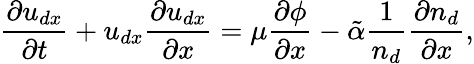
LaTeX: \frac{\partial{u}_{dx}}{\partial t}+{u}_{dx}\frac{\partial{u}_{dx}}{\partial x}=\mu\frac{\partial\phi}{\partial x}-\tilde{\alpha}\frac{1}{n_{d}}\frac{\partial n_{d}}{\partial x},